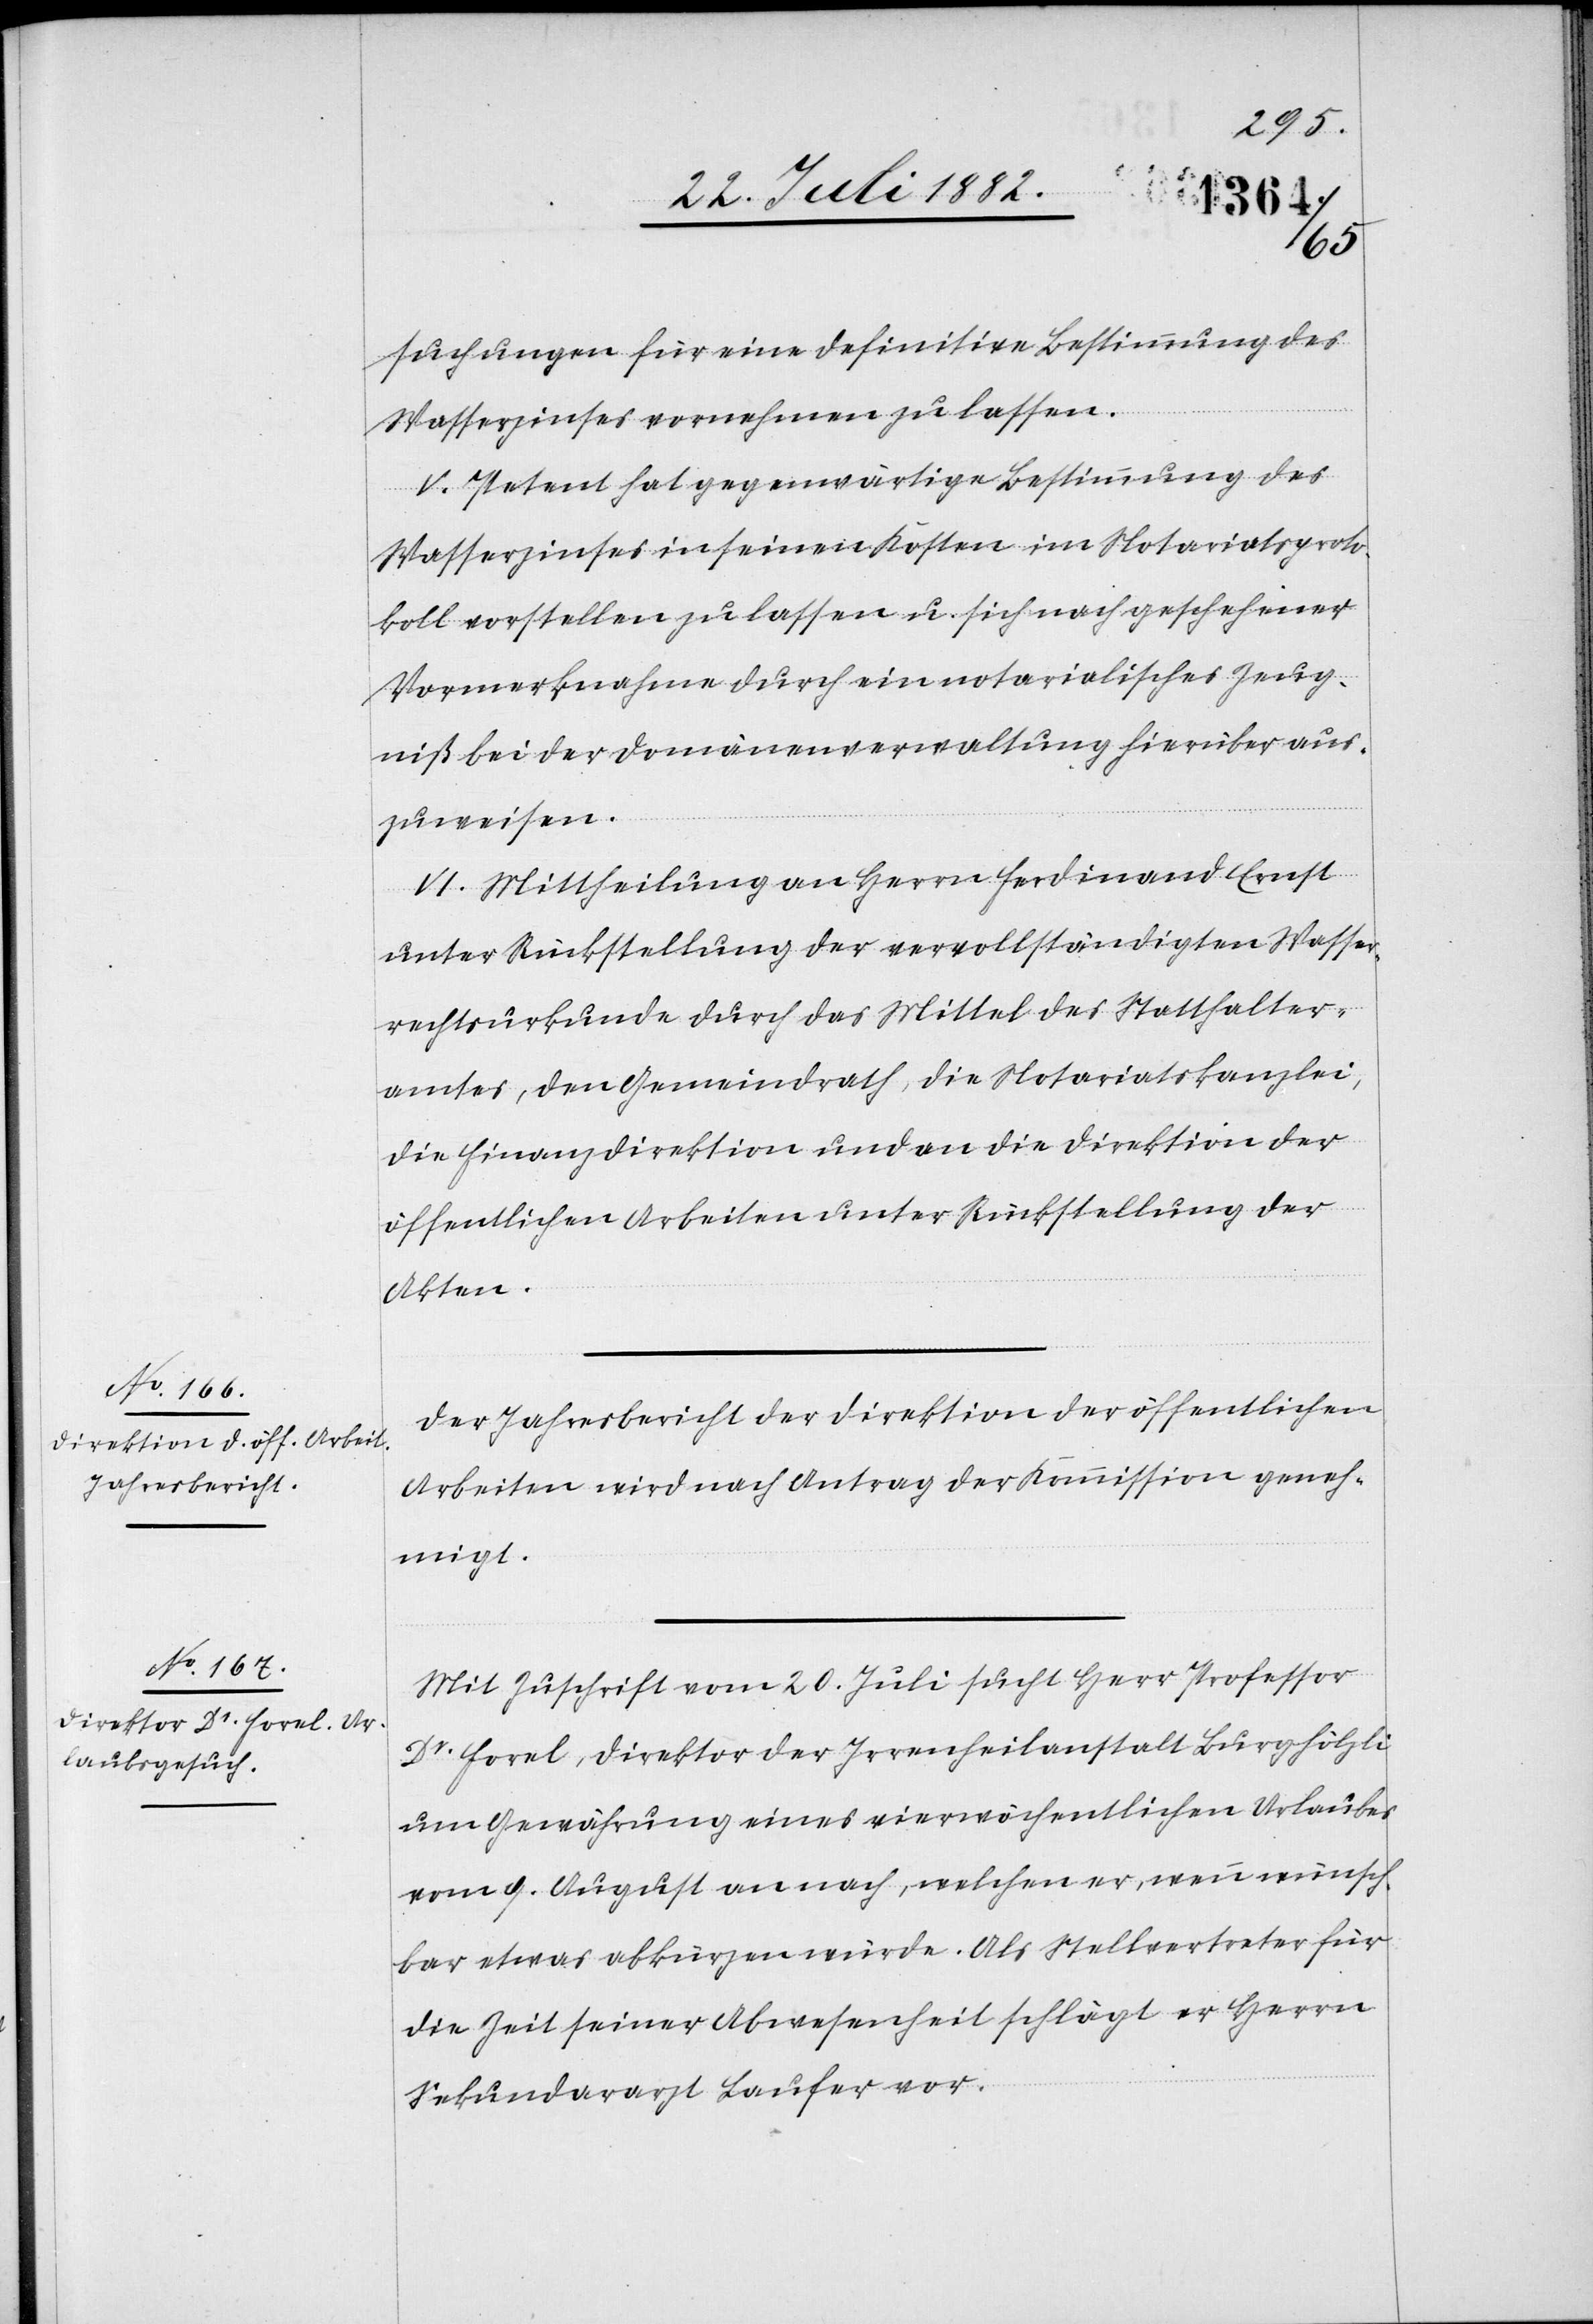
suchungen für eine definitive Bestimmung des
Wasserzinses vornehmen zu lassen.
V. Petent hat gegenwärtige Bestimmung des
Wasserzinses in seinen Kosten im Notariatsproto¬
koll vorstellen zu lassen u. sich nach geschehener
Vormerknahme durch ein notarialisches Zeug¬
niß bei der Domänenverwaltung hierüber aus¬
zuweisen.
VI. Mittheilung an Herrn Ferdinand Ernst
unter Rückstellung der vervollständigten Wasser¬
rechturkunde durch das Mittel des Statthalter¬
amtes, den Gemeindrath, die Notariatskanzlei,
die Finanzdirektion und an die Direktion der
öffentlichen Arbeiten unter Rückstellung der
Akten.
Der Jahresbericht der Direktion der öffentlichen
Arbeiten wird nach Antrag der Kommission geneh¬
migt.
Mit Zuschrift vom 20. Juli sucht Herr Professor
Dr Forel, Direktor der Irrenheilanstalt Burghölzli
um Gewährung eines vierwöchentlichen Urlaubes
vom 9. August an nach, welchen er, wenn wünsch¬
bar etwas abkürzen würde. Als Stellvertreter für
die Zeit seiner Abwesenheit schlägt er Herren
Sekundararzt Laufer vor.